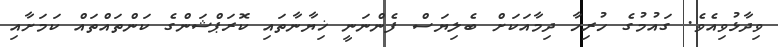
ވިދާޅުވިއެވެ. ގައުމުގެ ހުރިހާ ދިމާއަކަށް ބެލިޔަސް ފެންނަނީ ޚިޔާނާތައި ކޮރަޕްޝަންގެ ކަންތައްތައް ކަމަށާއި